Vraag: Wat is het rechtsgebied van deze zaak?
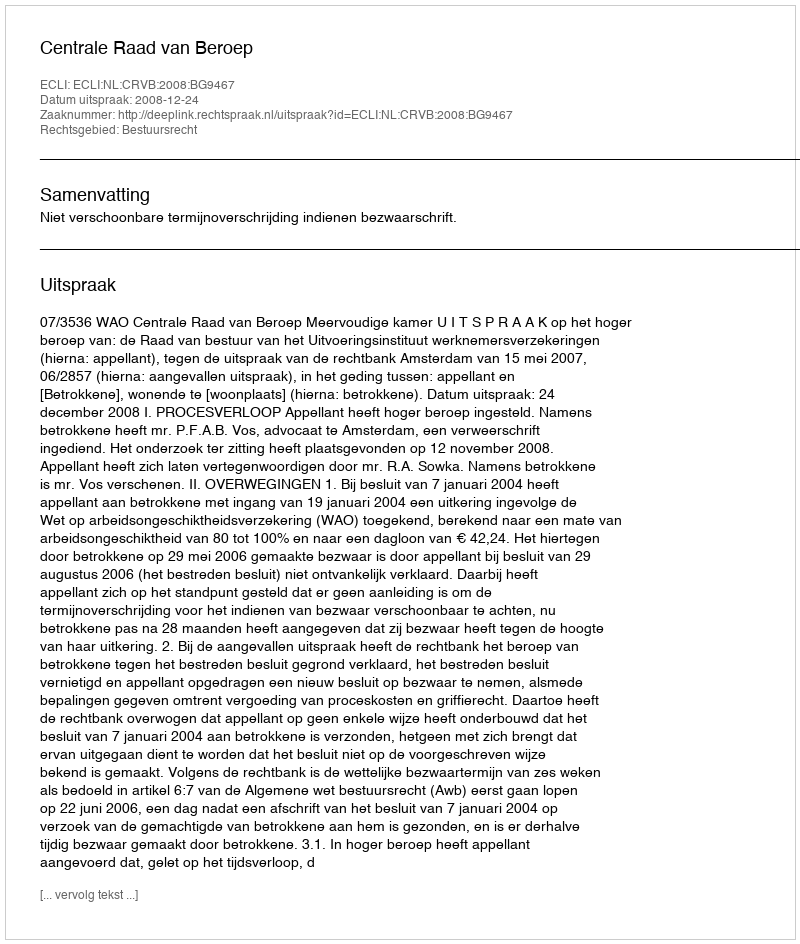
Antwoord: Bestuursrecht